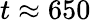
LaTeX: t\approx 650